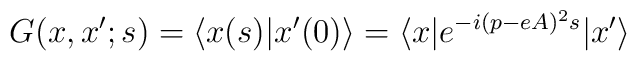
G(x,x';s)=\langle x(s)|x'(0)\rangle = \langle x|e^{-i (p-eA)^{2} s}|x'\rangle